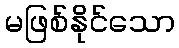
မဖြစ်နိုင်သော